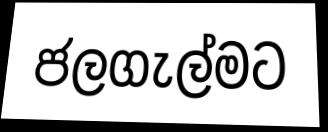
ජලගැල්මට